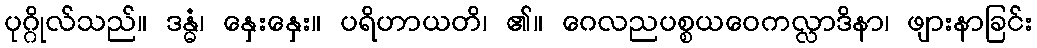
ပုဂ္ဂိုလ်သည်။ ဒန္ဓံ၊ နှေးနှေး။ ပရိဟာယတိ၊ ၏။ ဂေလညပစ္စယဝေကလ္လာဒိနာ၊ ဖျားနာခြင်း